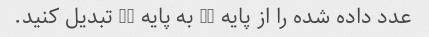
عدد داده شده را از پایه 10 به پایه 16 تبدیل کنید.